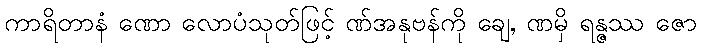
ကာရိတာနံ ဏော လောပံသုတ်ဖြင့် ဏ်အနုဗန်ကို ချေ, ဏမှိ ရန္ဇဿ ဇော